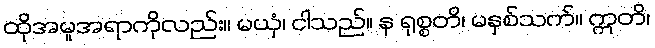
ထိုအမူအရာကိုလည်း။ မယှံ၊ ငါသည်။ န ရုစ္စတိ၊ မနှစ်သက်။ ဣတိ၊